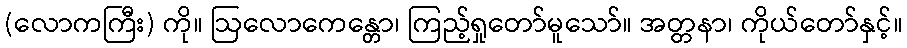
(လောကကြီး) ကို။ ဩလောကေန္တော၊ ကြည့်ရှုတော်မူသော်။ အတ္တနာ၊ ကိုယ်တော်နှင့်။